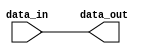
module register(
    input wire data_in,
    output reg data_out
);

always @ (data_in) begin
    data_out <= data_in;
end

endmodule